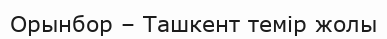
Орынбор – Ташкент темір жолы